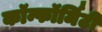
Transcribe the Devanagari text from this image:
कॉन्फॉर्मिटी